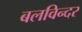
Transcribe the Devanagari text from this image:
बलविन्दर